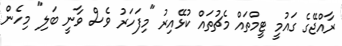
ރާއްޖޭގެ ގައުމީ ޓީމްތައް މެޗުތައް ކުޅޭއިރު "މިފަހަރު ވެސް ވާނީ ބަލި" މިހެން